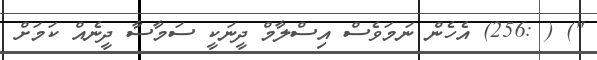
") ( :256) އެހެން ނަމަވެސް އިސްލާމް ދީނަކީ ސަމާސާ ދީނެއް ކަމަށް